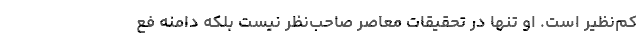
کم‌نظیر است. او تنها در تحقیقات معاصر صاحب‌نظر نیست بلکه دامنه فع